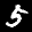
Label: 5